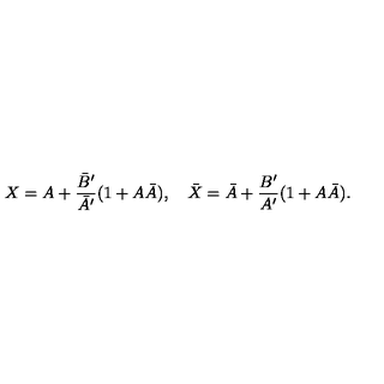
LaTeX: X = A + \frac { { \bar { B } } ^ { \prime } } { { \bar { A } } ^ { \prime } } ( 1 + A \bar { A } ) , \quad \bar { X } = \bar { A } + \frac { B ^ { \prime } } { A ^ { \prime } } ( 1 + A \bar { A } ) .